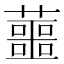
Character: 蘁